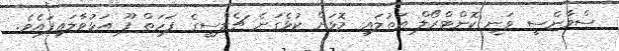
ސްވާންސީ ވަނީ ކޮންޓްރޯލް އަތުލައި މޮޅަށް ކުޅެގަނެ ޗެލްސީގެ ފަހަތް ފޫ އަޅުވާލައިފައެވެ.